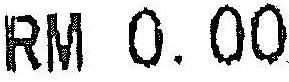
RM 0.00